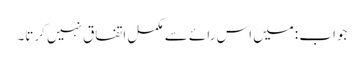
جواب :میں اس رائے سے مکمل اتفاق نہیں کرتا۔